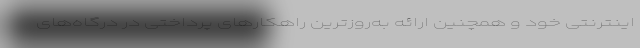
اینترنتی خود و همچنین ارائه به‌روزترین راهکارهای پرداختی در درگاه‌های